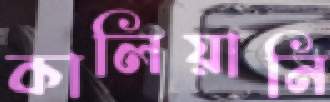
কালিয়ানি